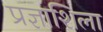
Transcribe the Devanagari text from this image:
प्रज्ञाशिला